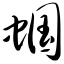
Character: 蝈